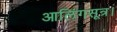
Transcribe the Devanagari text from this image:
आलिंगसूत्र।